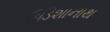
ઉડિશાનાથ